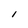
Character: I